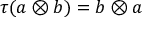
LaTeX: \tau ( a \otimes b ) = b \otimes a